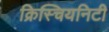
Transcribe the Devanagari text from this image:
क्रिस्चियनिटी